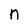
Character: n